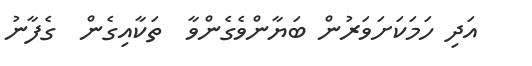
އަދި ހަމަކަށަވަރުން ބަޔާންވެގެންވާ  ތަކާއިގެން  ގެފާނު